Report on the Civil Veterinary Department, Eastern Bengal and Assam - 1907-1911
Year: 1907
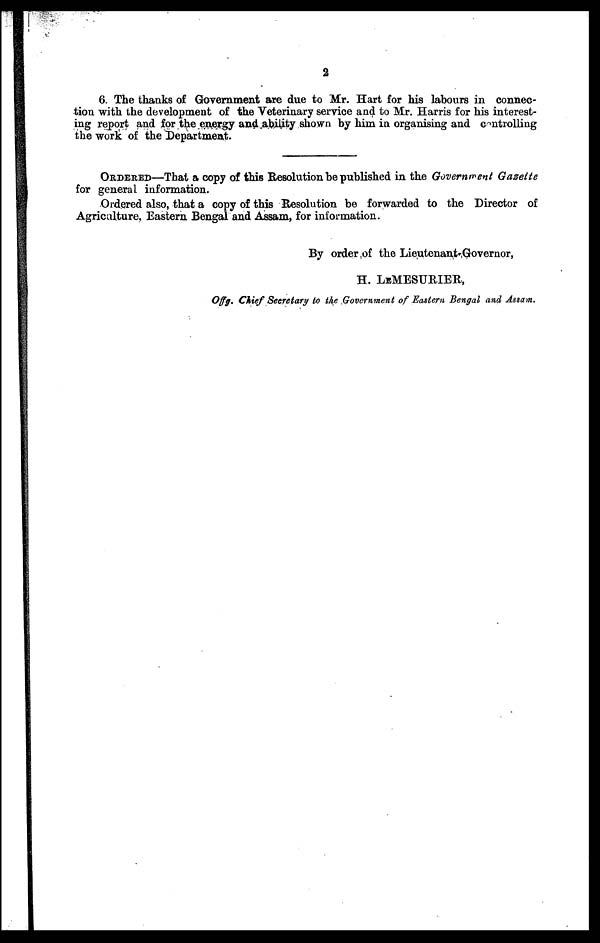
2
6. The thanks of Government are due to Mr. Hart for his labours in connec-
tion with the development of the Veterinary service and to Mr. Harris for his interest-
ing report and for the energy and ability shown by him in organising and controlling
the work of the Department.
ORDERED—That a copy of this Resolution be published in the Government Gazette
for general information.
Ordered also, that a copy of this Resolution be forwarded to the Director of
Agriculture, Eastern Bengal and Assam, for information.
By order of the Lieutenant-Governor,
H. LEMESURIER,
Offg. Chief Secretary to the Government of Eastern Bengal and Assam.